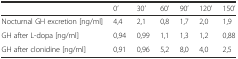
|  | 0’ | 30’ | 60’ | 90’ | 120’ | 150’ |
 | --- | --- | --- | --- | --- | --- | --- |
 | Nocturnal GH excretion [ng/ml] | 4,4 | 2,1 | 0,8 | 1,7 | 2,0 | 1,9 |
 | GH after L-dopa [ng/ml] | 0,94 | 0,99 | 1,1 | 1,3 | 1,2 | 0,88 |
 | GH after clonidine [ng/ml] | 0,91 | 0,96 | 5,2 | 8,0 | 4,0 | 2,5 |